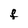
Character: F